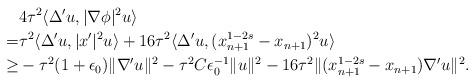
LaTeX: \begin{align*} & 4\tau^{2}\langle\Delta'u,|\nabla\phi|^{2}u\rangle\\= & \tau^{2}\langle\Delta'u,|x'|^{2}u\rangle+16\tau^{2}\langle\Delta'u,(x_{n+1}^{1-2s}-x_{n+1})^{2}u\rangle\\\ge & -\tau^{2}(1+\epsilon_{0})\|\nabla'u\|^{2}-\tau^{2}C\epsilon_{0}^{-1}\|u\|^{2}-16\tau^{2}\|(x_{n+1}^{1-2s}-x_{n+1})\nabla'u\|^{2}.\end{align*}